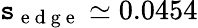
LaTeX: \mathtt{s}_{\mathrm{{~e~d~g~e~}}}\simeq0.0454